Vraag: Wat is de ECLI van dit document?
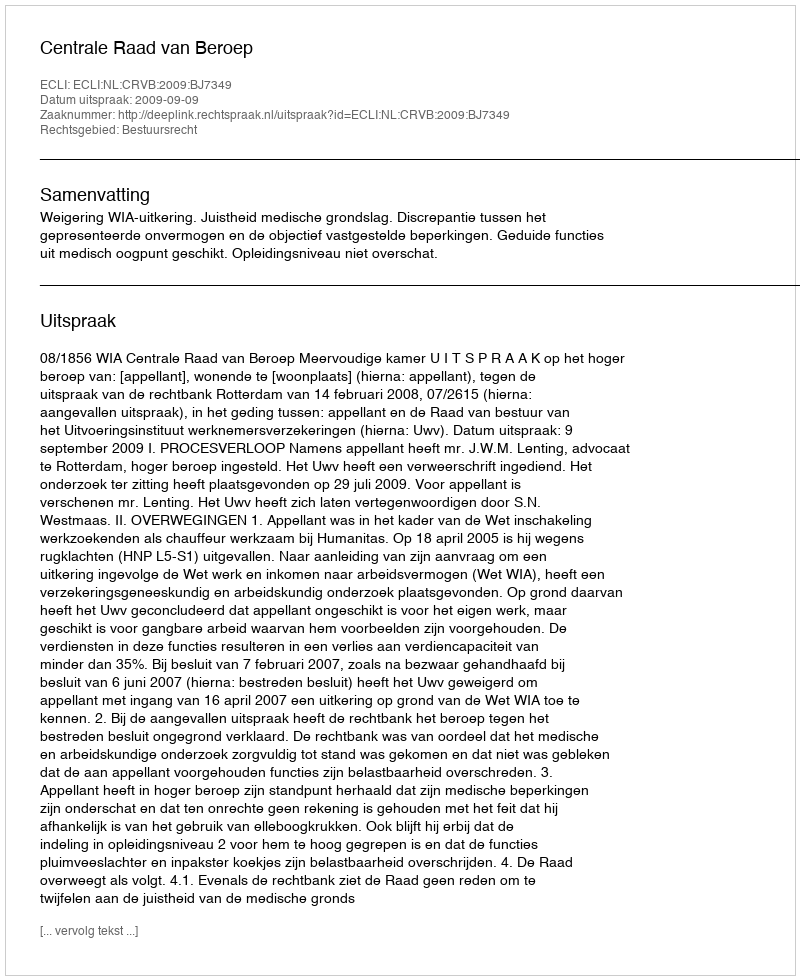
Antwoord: ECLI:NL:CRVB:2009:BJ7349